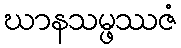
ဃာနသမ္ဖဿဇံ